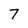
Character: 7